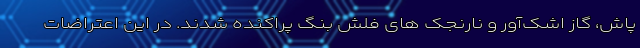
پاش، گاز اشک‌آور و نارنجک های فلش بنگ پراکنده شدند. در این اعتراضات